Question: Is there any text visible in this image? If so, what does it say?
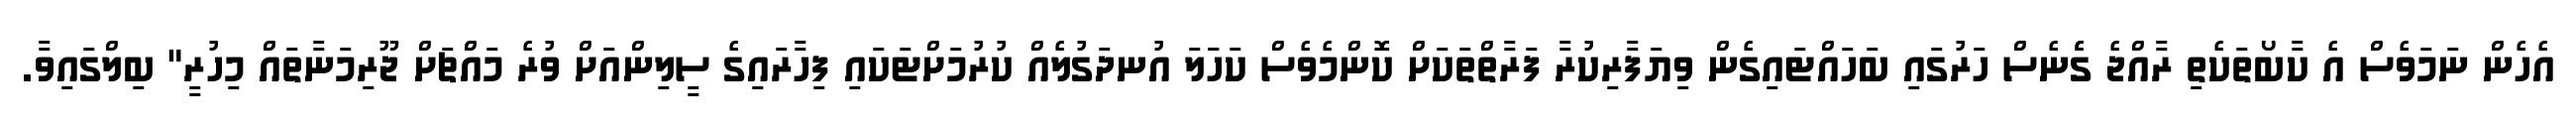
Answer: އެހެން ނަމަވެސް އެ ކާބޯތަކެތި ރާއްޖެ ގެެނެސް ހަރުގައި ބަހައްޓައިގެން ވިޔަފާރިކުރާ ފަރާތްތަކަށް ކޮންމެވެސް ކަހަަލަ އުނދަގުލެއް ކުރުމަށްޓަކައި ފިހާރައިގެ ސީލިންއަށް ވުރެ މައްޗަށް ޖޫރިމަނާތައް މިހުރީ" ބިލްގައިވާ.